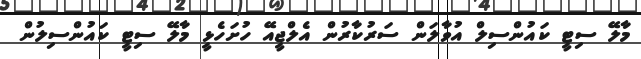
މާލޭ ސިޓީ ކައުންސިލް އުވާލަން ސަރުކާރުން އެލްޖީއޭ ހުށަހެޅީ މާލޭ ސިޓީ ކައުންސިލުން